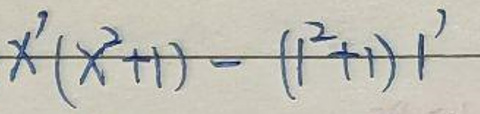
$x'(x^{2}+1)-(1^{2}+1)1'$